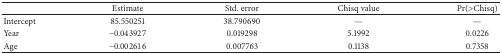
<table><thead><tr><td><b> </b></td><td><b>Estimate</b></td><td><b>Std. error</b></td><td><b>Chisq value</b></td><td><b>Pr(&gt;Chisq)</b></td></tr></thead><tbody><tr><td>Intercept</td><td>85.550251</td><td>38.790690</td><td>—</td><td>—</td></tr><tr><td>Year</td><td>−0.043927</td><td>0.019298</td><td>5.1992</td><td>0.0226</td></tr><tr><td>Age</td><td>−0.002616</td><td>0.007763</td><td>0.1138</td><td>0.7358</td></tr></tbody></table>